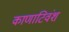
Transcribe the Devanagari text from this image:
काणाटिवंश